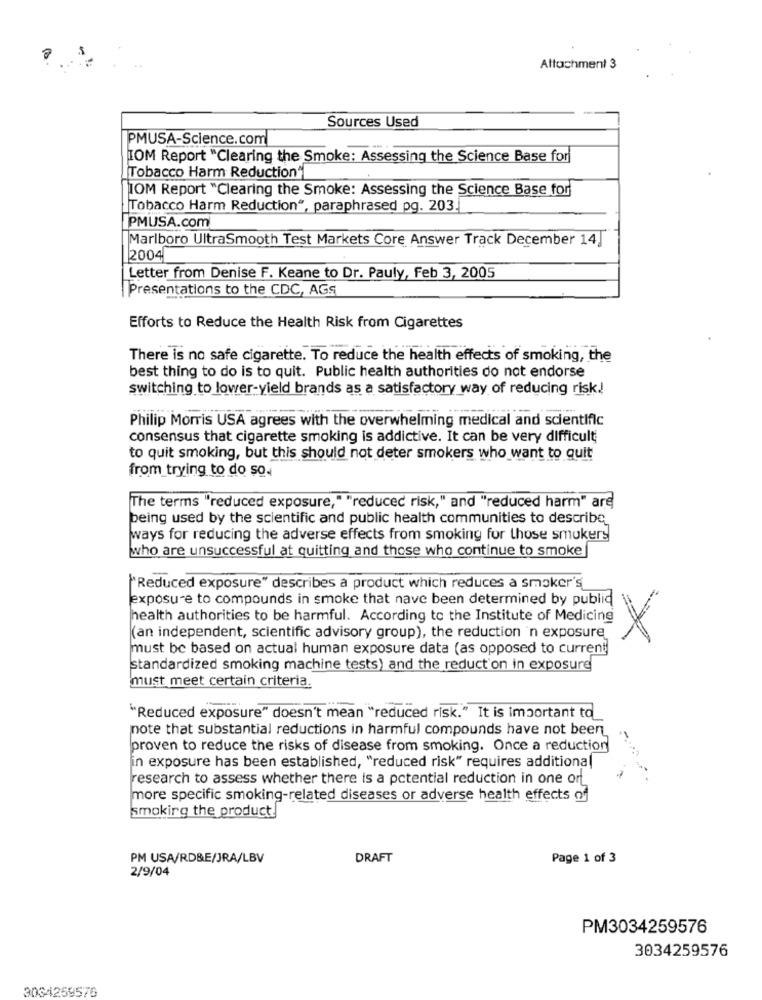
Attachment 3
Sources Used
PMUSA-Science.com
TOM Report "Clearing the Smoke: Assessing the Science Base for
Tobacco Harm Reduction"
TOM Report "Clearing the Smoke: Assessing the Science Base for
Tobacco Harm Reduction", paraphrased pg. 203.
PMUSA.com
Marlboro UltraSmooth Test Markets Core Answer Track December 14]
2004
Letter from Denise F. Keane to Dr. Pauly, Feb 3, 2005
Presentations to the CDC, AGS
Efforts to Reduce the Health Risk from Cigarettes
There is no safe cigarette. To reduce the health effects of smoking, the
best thing to do is to quit. Public health authorities do not endorse
switching to lower-yield brands as a satisfactory way of reducing risk !!
Philip Morris USA agrees with the overwhelming medical and scientific
consensus that cigarette smoking is addictive. It can be very difficult
to quit smoking, but this should not deter smokers who want to quit
from_trying to do so.
The terms "reduced exposure," "reduced risk," and "reduced harm" are
being used by the scientific and public health communities to describe
ways for reducing the adverse effects from smoking for those smokers
who are unsuccessful at quitting and those who continue to smoke
"Reduced exposure" describes a product which reduces a smoker's
exposure to compounds in smoke that nave been determined by publid
health authorities to be harmful. According to the Institute of Medicine
(an independent, scientific advisory group), the reduction 'n exposure
must be based on actual human exposure data (as opposed to current)
standardized smoking machine tests) and the reduct'on in exposure
must meet certain criteria.
"Reduced exposure" doesn't mean "reduced risk." It is important to
note that substantial reductions in harmful compounds have not been
proven to reduce the risks of disease from smoking. Once a reduction
in exposure has been established, "reduced risk" requires additional
research to assess whether there is a potential reduction in one ort
more specific smoking-related diseases or adverse health effects of
smoking the product.
PM USA/RD&E/JRA/LBV
DRAFT
Page 1 of 3
2/9/04
PM3034259576
3034259576
3034259576